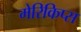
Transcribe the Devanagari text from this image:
मेरिकिप्स